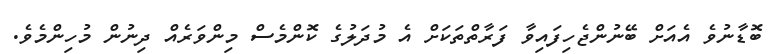
ބޮޑާނުވެ އެއަށް ބޭނުންޖެހިފައިވާ ފަރާތްތަކަށް އެ މުދަލުގެ ކޮންމެސް މިންވަރެއް ދިނުން މުުހިންމެވެ.